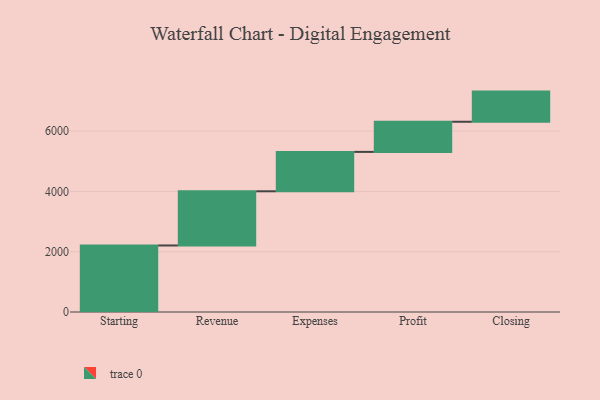
{"axis": {"x": "Step", "y": "Value"}, "legend": [""], "data": [{"x": "Starting", "y": 2207.0, "type": ""}, {"x": "Revenue", "y": 1797.0, "type": ""}, {"x": "Expenses", "y": 1307.0, "type": ""}, {"x": "Profit", "y": 1000, "type": ""}, {"x": "Closing", "y": 1000, "type": ""}]}